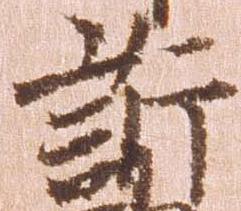
訴